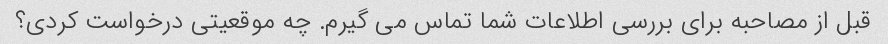
قبل از مصاحبه برای بررسی اطلاعات شما تماس می گیرم. چه موقعیتی درخواست کردی؟